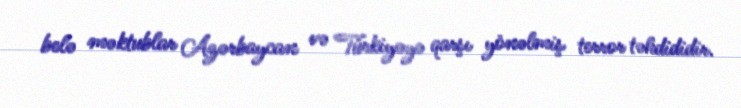
belə məktublar Azərbaycan və Türkiyəyə qarşı yönəlmiş terror təhdididir.